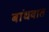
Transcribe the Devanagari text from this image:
बांधवात